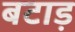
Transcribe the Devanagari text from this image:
बटाड़